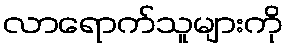
လာရောက်သူများကို